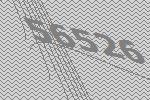
56526